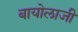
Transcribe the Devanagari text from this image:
बायोलाजी